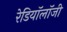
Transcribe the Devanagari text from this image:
रेडियॉलॉजी